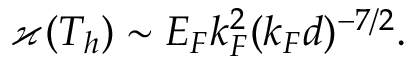
\varkappa ( T _ { h } ) \sim E _ { F } k _ { F } ^ { 2 } ( k _ { F } d ) ^ { - 7 / 2 } .